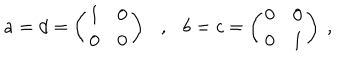
LaTeX: a = d = \left( \begin{array} { c c } { { 1 } } & { { 0 } } \\ { { 0 } } & { { 0 } } \\ \end{array} \right) \mathrm { \ \ \ , \ \ \ } b = c = \left( \begin{array} { c c } { { 0 } } & { { 0 } } \\ { { 0 } } & { { 1 } } \\ \end{array} \right) ~ ,